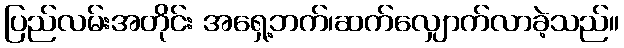
ပြည်လမ်းအတိုင်း အရှေ့ဘက်၊ဆက်လျှောက်လာခဲ့သည်။